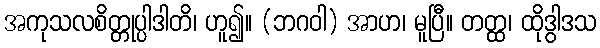
အကုသလစိတ္တုပ္ပါဒါတိ၊ ဟူ၍။ (ဘဂဝါ) အာဟ၊ မူပြီ။ တတ္ထ၊ ထိုဒွါဒသ